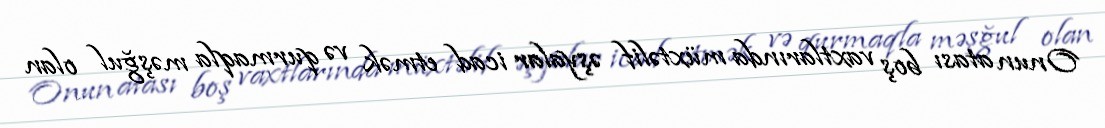
Onun atası boş vaxtlarında müxtəlif əşyalar icad etmək və qurmaqla məşğul olan